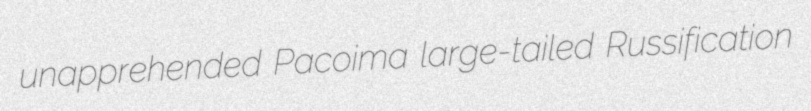
unapprehended Pacoima large-tailed Russification